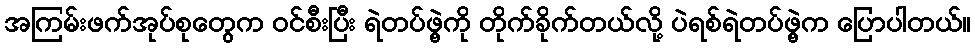
အကြမ်းဖက်အုပ်စုတွေက ဝင်စီးပြီး ရဲတပ်ဖွဲ့ကို တိုက်ခိုက်တယ်လို့ ပဲရစ်ရဲတပ်ဖွဲ့က ပြောပါတယ်။